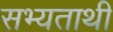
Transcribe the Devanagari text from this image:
सभ्यताथी